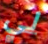
لي